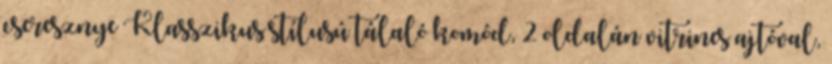
cseresznye Klasszikus stílusú tálaló komód, 2 oldalán vitrines ajtóval,